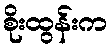
စိုးထွန်းက